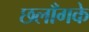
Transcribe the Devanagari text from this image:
छलाँगके